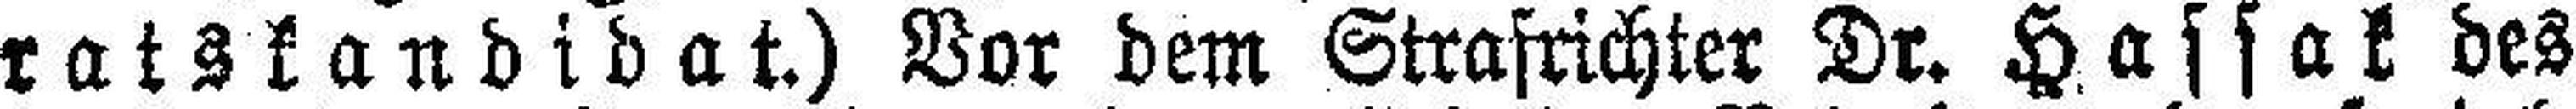
ratskandidat.) Vor dem Strafrichter Dr. Hassak des